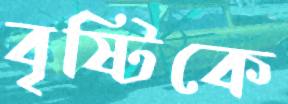
বৃষ্টিকে